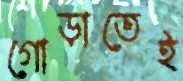
গোড়াতেই